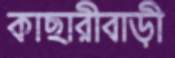
কাছারীবাড়ী